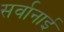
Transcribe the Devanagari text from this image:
सर्वानाई